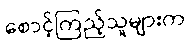
စောင့်ကြည့်သူများက